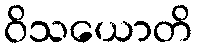
ဝိသယောတိ